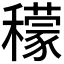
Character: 𥣛